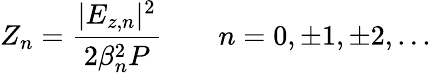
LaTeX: Z_{n}=\frac{|E_{z,n}|^{2}}{2\beta_{n}^{2}P}\qquad n=0,\pm 1,\pm 2,...